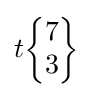
t{\begin{Bmatrix}7\\3\end{Bmatrix}}